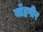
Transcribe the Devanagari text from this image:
बाँहपीर